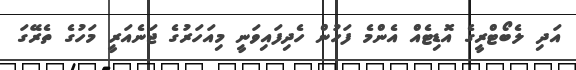
އަދި ލެބޯޓްރީގެ އޮޑިޓެއް އެންމެ ފަހުން ހެދިފައިވަނީ މިއަހަރުގެ ޖަނެއަރީ މަހުގެ ތެރޭގަ